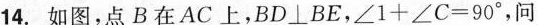
14.如图，点B在AC上，BD\botBE，$$∠ 1 + ∠ C = 9 0 °$$，问